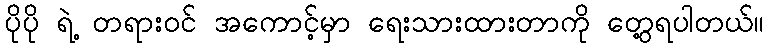
ပိုပို ရဲ့ တရားဝင် အကောင့်မှာ ရေးသားထားတာကို တွေ့ရပါတယ်။